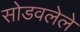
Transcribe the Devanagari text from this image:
सोडवलेले